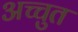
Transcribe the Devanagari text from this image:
अच्चुत